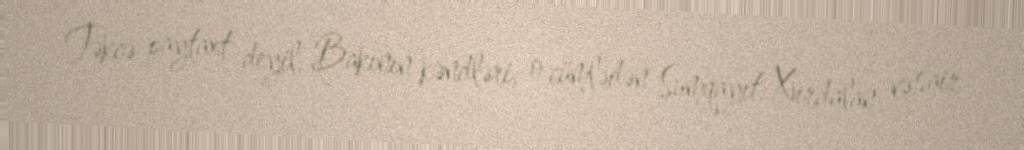
Təkcə paytaxt deyil, Bakının kəndləri, o cümlədən Sumqayıt, Xırdalan və sair